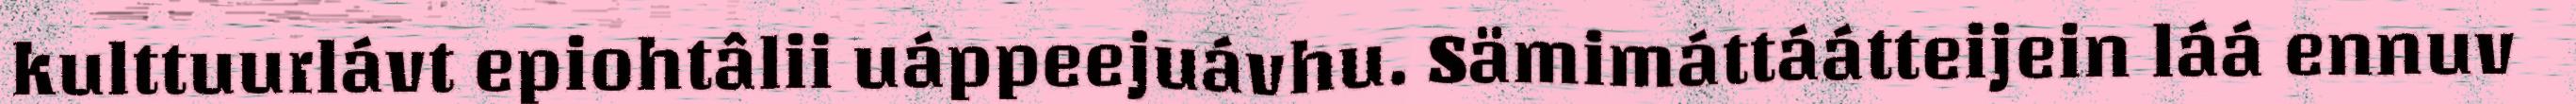
kulttuurlávt epiohtâlii uáppeejuávhu. Sämimáttáátteijein láá ennuv